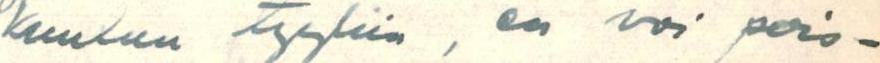
kuuluu tyyliin, en voi pois-